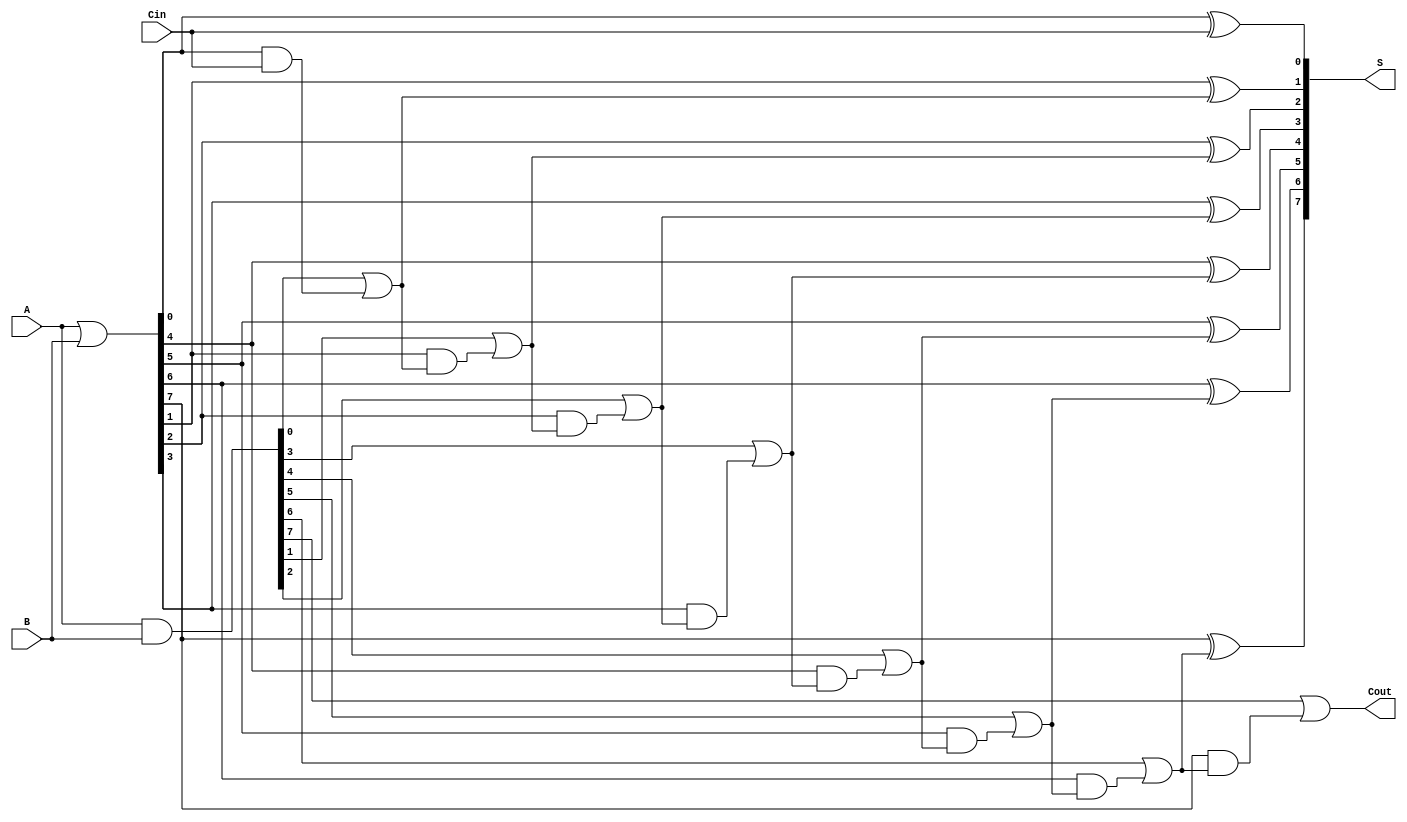
module KoggeStoneAdder #(
    parameter n = 8  // Define the bit-width
)(
    input  [n-1:0] A,     // First operand
    input  [n-1:0] B,     // Second operand
    input  Cin,           // Carry-in
    output [n-1:0] S,     // Sum output
    output Cout           // Carry-out
);

    wire [n-1:0] G; // Generate signals
    wire [n-1:0] P; // Propagate signals
    wire [n:0] C;   // Carry signals

    // Generate and Propagate signal computation
    assign G = A & B;            // Generate: G[i] = A[i] & B[i]
    assign P = A | B;            // Propagate: P[i] = A[i] | B[i]

    // Carry bit calculation using Kogge-Stone method
    assign C[0] = Cin;           // Initial carry-in
    genvar i, j;
    
    // Kogge-Stone prefix network implementation
    // Level 1
    generate
        for (i = 0; i < n; i = i + 1) begin: level1
            if (i == 0)
                assign C[i+1] = G[i] | (P[i] & C[0]);  // C[1]
            else
                assign C[i+1] = G[i] | (P[i] & C[i]);  // C[i+1]
        end
    endgenerate

    // Subsequent levels
    generate
        for (j = 1; j < n; j = j + 1) begin: levels
            for (i = 0; i < n - j; i = i + 1) begin: level
                assign C[i+j+1] = G[i+j] | (P[i+j] & C[i+j]);  // C[i+j+1]
            end
        end
    endgenerate

    // Sum calculation
    generate
        for (i = 0; i < n; i = i + 1) begin: sum
            if (i == 0)
                assign S[i] = P[i] ^ C[0];  // S[0] = P[0] ^ Cin
            else
                assign S[i] = P[i] ^ C[i];  // S[i] = P[i] ^ C[i]
        end
    endgenerate

    // Carry-out
    assign Cout = C[n]; // Cout is the last carry

endmodule